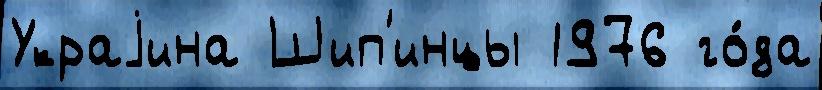
Украjина Шип'инцы 1976 го́да